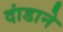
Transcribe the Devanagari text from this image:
दांडाने